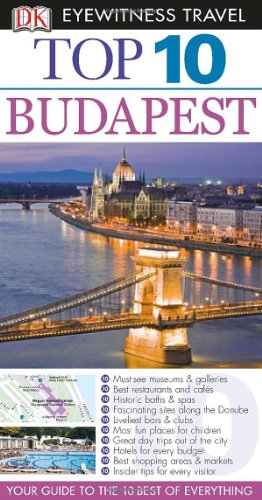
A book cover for Top 10 Budapest (Eyewitness Top 10 Travel Guide); DK Publishing; Travel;